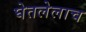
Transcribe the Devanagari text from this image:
घेतलेलाच